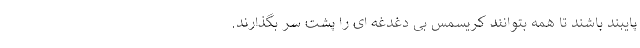
پایبند باشند تا همه بتوانند کریسمس بی دغدغه ای را پشت سر بگذارند.